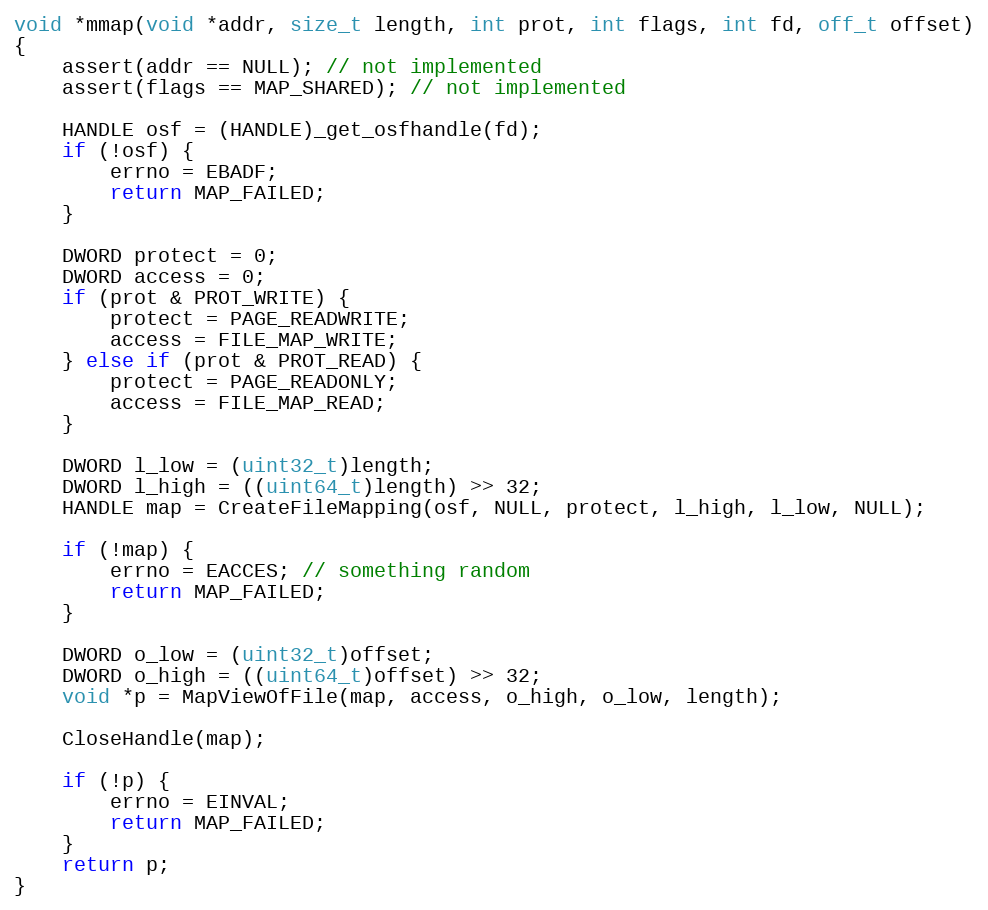
Language: C
void *mmap(void *addr, size_t length, int prot, int flags, int fd, off_t offset)
{
    assert(addr == NULL); // not implemented
    assert(flags == MAP_SHARED); // not implemented

    HANDLE osf = (HANDLE)_get_osfhandle(fd);
    if (!osf) {
        errno = EBADF;
        return MAP_FAILED;
    }

    DWORD protect = 0;
    DWORD access = 0;
    if (prot & PROT_WRITE) {
        protect = PAGE_READWRITE;
        access = FILE_MAP_WRITE;
    } else if (prot & PROT_READ) {
        protect = PAGE_READONLY;
        access = FILE_MAP_READ;
    }

    DWORD l_low = (uint32_t)length;
    DWORD l_high = ((uint64_t)length) >> 32;
    HANDLE map = CreateFileMapping(osf, NULL, protect, l_high, l_low, NULL);

    if (!map) {
        errno = EACCES; // something random
        return MAP_FAILED;
    }

    DWORD o_low = (uint32_t)offset;
    DWORD o_high = ((uint64_t)offset) >> 32;
    void *p = MapViewOfFile(map, access, o_high, o_low, length);

    CloseHandle(map);

    if (!p) {
        errno = EINVAL;
        return MAP_FAILED;
    }
    return p;
}